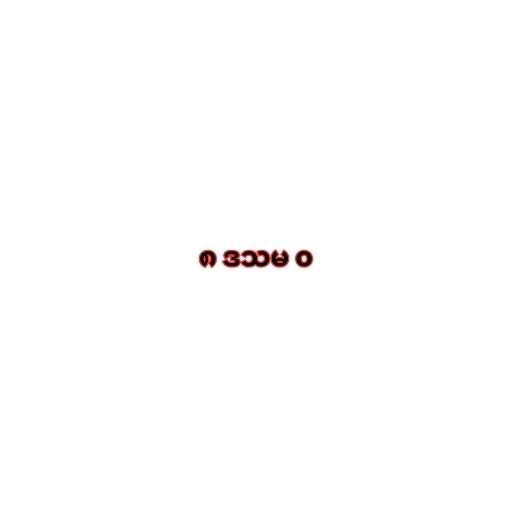
၈ ဒသမ ၀